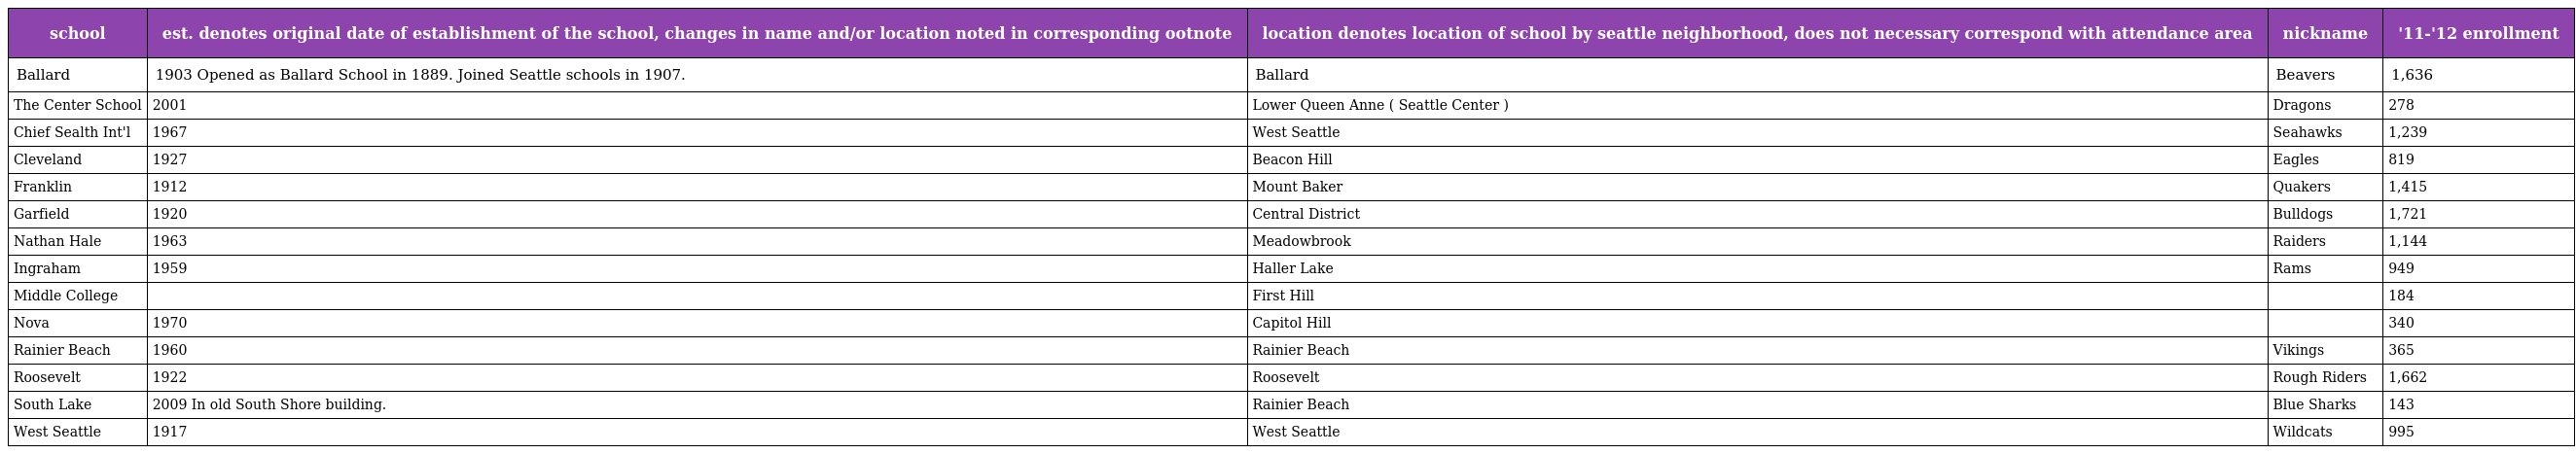
| school | est. denotes original date of establishment of the school, changes in name and/or location noted in corresponding ootnote | location denotes location of school by seattle neighborhood, does not necessary correspond with attendance area | nickname | '11-'12 enrollment |
 | --- | --- | --- | --- | --- |
 | Ballard | 1903 Opened as Ballard School in 1889. Joined Seattle schools in 1907. | Ballard | Beavers | 1,636 |
 | The Center School | 2001 | Lower Queen Anne ( Seattle Center ) | Dragons | 278 |
 | Chief Sealth Int'l | 1967 | West Seattle | Seahawks | 1,239 |
 | Cleveland | 1927 | Beacon Hill | Eagles | 819 |
 | Franklin | 1912 | Mount Baker | Quakers | 1,415 |
 | Garfield | 1920 | Central District | Bulldogs | 1,721 |
 | Nathan Hale | 1963 | Meadowbrook | Raiders | 1,144 |
 | Ingraham | 1959 | Haller Lake | Rams | 949 |
 | Middle College |  | First Hill |  | 184 |
 | Nova | 1970 | Capitol Hill |  | 340 |
 | Rainier Beach | 1960 | Rainier Beach | Vikings | 365 |
 | Roosevelt | 1922 | Roosevelt | Rough Riders | 1,662 |
 | South Lake | 2009 In old South Shore building. | Rainier Beach | Blue Sharks | 143 |
 | West Seattle | 1917 | West Seattle | Wildcats | 995 |